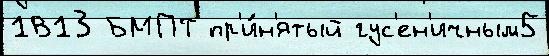
1В13 БМПТ пр'и́н'ятый гус'ен'ичным5